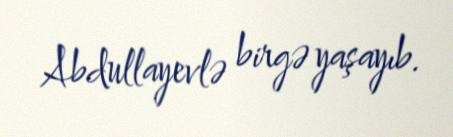
Abdullayevlə birgə yaşayıb.